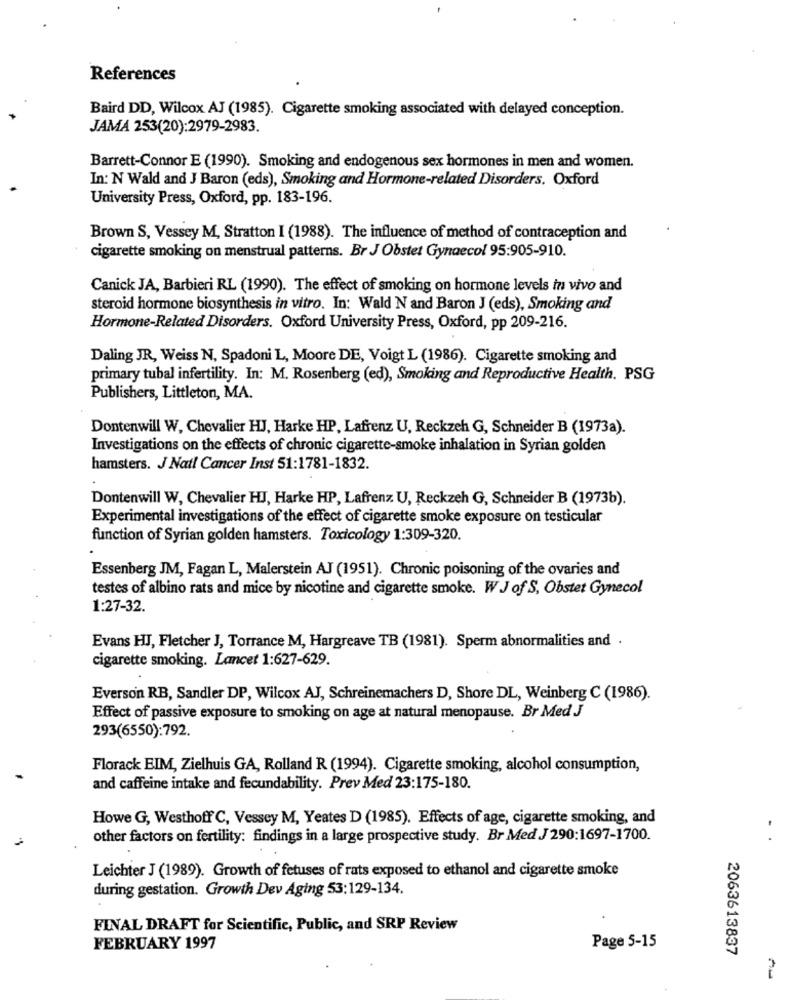
References
Baird DD, Wilcox AJ (1985). Cigarette smoking associated with delayed conception.
JAMA 253(20):2979-2983.
Barrett-Connor E (1990). Smoking and endogenous sex hormones in men and women.
In: N Wald and J Baron (eds), Smoking and Hormone-related Disorders. Oxford
University Press, Oxford, pp. 183-196.
Brown S, Vessey M, Stratton I (1988). The influence of method of contraception and
cigarette smoking on menstrual patterns. Br J Obstet Gynaecol 95:905-910.
Canick JA, Barbieri RL (1990). The effect of smoking on hormone levels in vivo and
steroid hormone biosynthesis in vitro. In: Wald N and Baron J (eds), Smoking and
Hormone-Related Disorders. Oxford University Press, Oxford, pp 209-216.
Daling JR, Weiss N, Spadoni L, Moore DE, Voigt L (1986). Cigarette smoking and
primary tubal infertility. In: M. Rosenberg (ed), Smoking and Reproductive Health. PSG
Publishers, Littleton, MA.
Dontenwill W, Chevalier HJ, Harke HP, Lafrenz U, Reckzeh G, Schneider B (1973a).
Investigations on the effects of chronic cigarette-smoke inhalation in Syrian golden
hamsters. J Natl Cancer Inst 51:1781-1832.
Dontenwill W, Chevalier HJ, Harke HP, Lafrenz U, Reckzeh G, Schneider B (1973b).
Experimental investigations of the effect of cigarette smoke exposure on testicular
function of Syrian golden hamsters. Toxicology 1:309-320.
Essenberg JM, Fagan L, Malerstein AJ (1951). Chronic poisoning of the ovaries and
testes of albino rats and mice by nicotine and cigarette smoke. W J of S, Obstet Gynecol
1:27-32.
Evans HJ, Fletcher J, Torrance M, Hargreave TB (1981). Sperm abnormalities and .
cigarette smoking. Lancet 1:627-629.
Everson RB, Sandler DP, Wilcox AJ, Schreinemachers D, Shore DL, Weinberg C (1986).
Effect of passive exposure to smoking on age at natural menopause. Br Med J
293(6550):792.
Florack EIM, Zielhuis GA, Rolland R (1994). Cigarette smoking, alcohol consumption,
and caffeine intake and fecundability. Prev Med 23:175-180.
Howe G, Westhoff C, Vessey M, Yeates D (1985). Effects of age, cigarette smoking, and
other factors on fertility: findings in a large prospective study. Br Med J 290:1697-1700.
Leichter J (1989). Growth of fetuses of rats exposed to ethanol and cigarette smoke
during gestation. Growth Dev Aging 53:129-134.
FINAL DRAFT for Scientific, Public, and SRP Review
FEBRUARY 1997
Page 5-15
2063613837